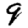
Digit: 9